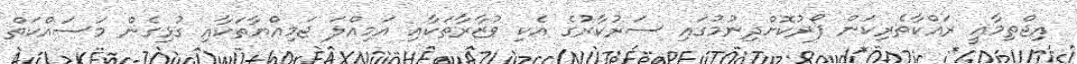
އިޖްތިމާއީ ރައްކާތެރިކަން ފޯރުކޮށްދިނުމުގައި ސަރުކާރުގެ އެކި ވުޒާރާތަކާއި އަމިއްލަ ޖަމިއްޔާތަކާއި ގުޅިގެން މަސައްކަތް